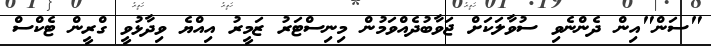
"ސަން"އިން ދެންނެވި ސުވާލަކަށް ޖަވާބުދެއްވަމުން މިނިސްޓަރު ޒަމީރު އިއްޔެ ވިދާޅުވީ ގްރީން ޓެކްސް